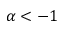
\alpha < - 1